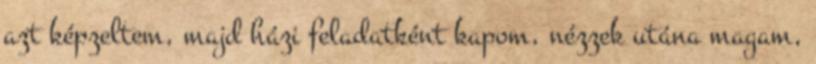
azt képzeltem, majd házi feladatként kapom, nézzek utána magam,